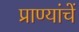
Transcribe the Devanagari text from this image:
प्राण्यांचें